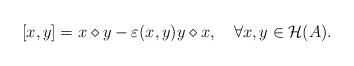
LaTeX: \begin{align*} [x, y] = x \diamond y - \varepsilon(x,y)y \diamond x, \quad\forall x, y \in \mathcal{H}(A).\end{align*}